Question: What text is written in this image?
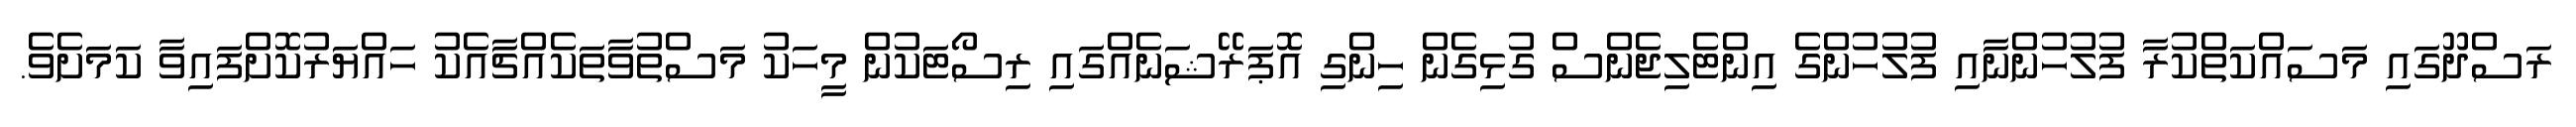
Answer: ރަސްދޫގައި މަސައްކަތްކުރާ ފުލުހުންނާއި ފުލުހުންގެ އިންޓެލިޖެންސް ގުޅިގެން ހިންގި އޮޕަރޭޝަނެއްގައި ރިސޯޓަކުން މީހަކު މަސްތުވާތަކެއްޗާއެކު ހައްޔަރުކޮށްފައިވާ ކަމަށެވެ.